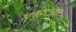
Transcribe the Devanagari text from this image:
सतीशच्या